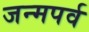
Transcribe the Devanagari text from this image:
जन्मपर्व